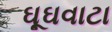
ઘૂઘવાટા